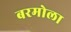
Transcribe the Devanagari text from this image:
बरमोला